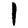
Digit: 1